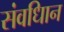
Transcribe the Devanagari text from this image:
संवधिान